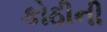
કોઠીની